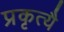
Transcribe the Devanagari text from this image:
प्रकृत्यै